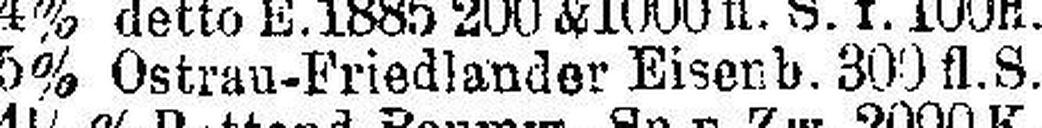
5% Ostrau-Friedlander Eisenb. 300 fl. S.